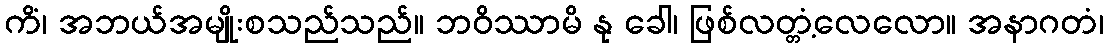
ကိံ၊ အဘယ်အမျိုးစသည်သည်။ ဘဝိဿာမိ နု ခေါ၊ ဖြစ်လတ္တံ့လေလော။ အနာဂတံ၊